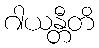
ဂါယန္တီတိ